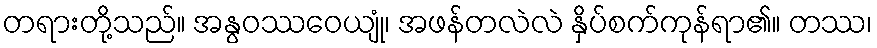
တရားတို့သည်။ အနွဝဿဝေယျုံ၊ အဖန်တလဲလဲ နှိပ်စက်ကုန်ရာ၏။ တဿ၊